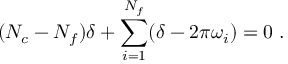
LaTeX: ( N _ { c } - N _ { f } ) \delta + \sum _ { i = 1 } ^ { N _ { f } } ( \delta - 2 \pi \omega _ { i } ) = 0 \; .